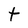
Character: t